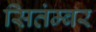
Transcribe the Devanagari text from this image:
सितंम्बर